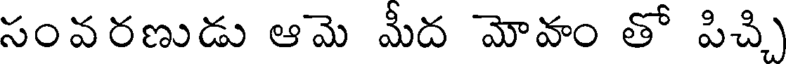
సంవరణుడు ఆమె మీద మోవం తో పిచ్చి